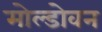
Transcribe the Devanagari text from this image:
मोल्डोवन